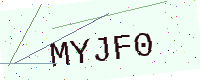
Text: MYJF0